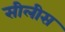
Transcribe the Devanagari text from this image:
सीलीस